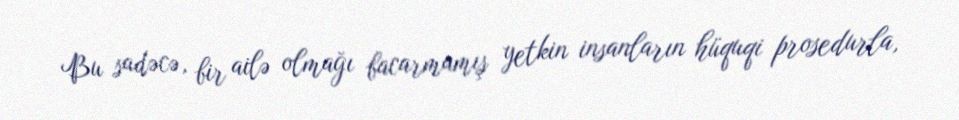
Bu sadəcə, bir ailə olmağı bacarmamış yetkin insanların hüquqi prosedurla,